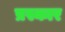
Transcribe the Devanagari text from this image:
प्रस्कार